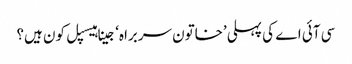
سی آئی اے کی پہلی ’خاتون سربراہ‘ جینا ہیسپل کون ہیں؟